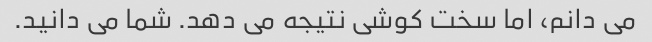
می دانم، اما سخت کوشی نتیجه می دهد. شما می دانید.